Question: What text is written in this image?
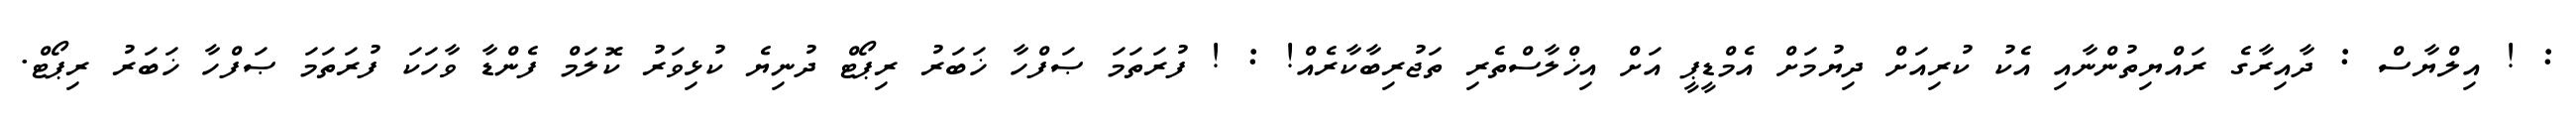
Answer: : ! އިލްޔާސް : ދާއިރާގެ ރައްޔިތުންނާއި އެކު ކުރިއަށް ދިޔުމަށް އެމްޑީޕީ އަށް އިޚްލާސްތެރި ތަޖުރިބާކާރެއް! : ! ފުރަތަމަ ޞަފްހާ ޚަބަރު ރިޕޯޓް ދުނިޔެ ކުޅިވަރު ކޮލަމް ފެންޑާ ވާހަކަ ފުރަތަމަ ޞަފްހާ ޚަބަރު ރިޕޯޓް.